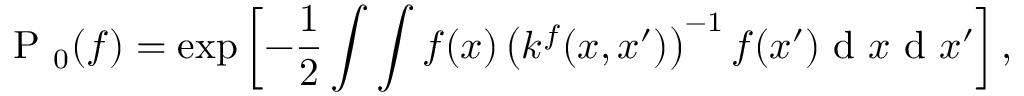
\mathrm { ~ P ~ } _ { 0 } ( { f } ) = \exp \left[ - \frac { 1 } { 2 } \int \int f ( x ) \left( k ^ { f } ( x , x ^ { \prime } ) \right) ^ { - 1 } f ( x ^ { \prime } ) \mathrm { ~ d ~ } x \mathrm { ~ d ~ } x ^ { \prime } \right] ,